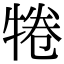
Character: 犈